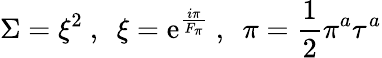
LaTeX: \Sigma=\xi^{2}\ ,\ \ \xi=\mathrm{e}^{\frac{{i\pi}}{{F_{\pi}}}}\ ,\ \ \pi={\frac{{1}}{{2}}}\pi^{a}\tau^{a}